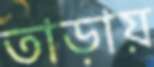
তাড়ায়